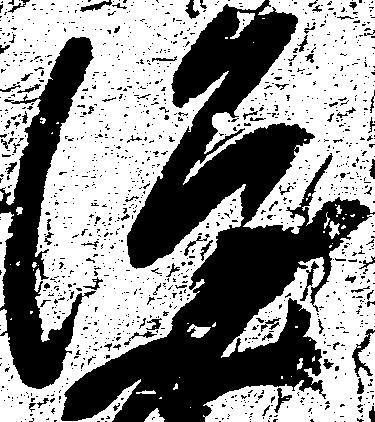
隆